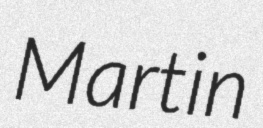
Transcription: Martin